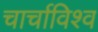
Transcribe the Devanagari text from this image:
चार्चाविश्व